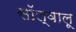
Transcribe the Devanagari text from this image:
सॉल्वालू